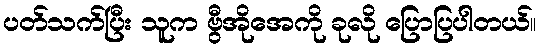
ပတ်သက်ပြီး သူက ဗွီအိုအေကို ခုလို ပြောပြပါတယ်။